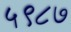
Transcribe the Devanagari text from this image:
५९८७